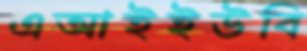
এআইইউবি